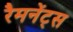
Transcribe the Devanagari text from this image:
रैमनेंट्स